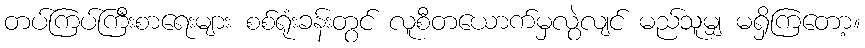
တပ်ကြပ်ကြီးစာရေးများ စစ်ရုံးခန်းတွင် လူစီတယောက်မှလွဲလျင် မည်သူမျှ မရှိကြတော့။